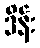
ဒိန်း